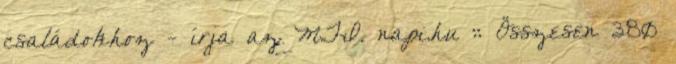
családokhoz - írja az MTI. napi.hu :: Összesen 380